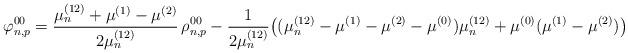
LaTeX: \begin{align*}\varphi^{00}_{n,p}= \frac{\mu_n^{(12)}+\mu^{(1)}-\mu^{(2)}}{2\mu_n^{(12)}} \,\rho^{00}_{n,p}- \frac{1}{2\mu_n^{(12)}} \big( (\mu_n^{(12)}-\mu^{(1)}-\mu^{(2)}-\mu^{(0)})\mu_n^{(12)} + \mu^{(0)}(\mu^{(1)}-\mu^{(2)}) \big)\end{align*}